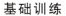
基础训练